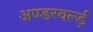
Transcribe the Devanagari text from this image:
अण्डरवर्ल्ड़